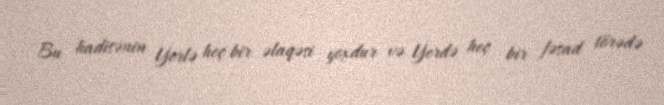
Bu hadisənin Yerlə heç bir əlaqəsi yoxdur və Yerdə heç bir fəsad törədə